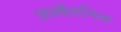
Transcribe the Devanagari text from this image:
अल्वैतनिक